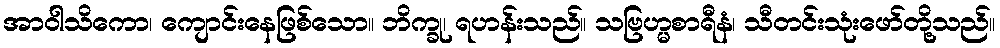
အာဝါသိကော၊ ကျောင်းနေဖြစ်သော။ ဘိက္ခု၊ ရဟန်းသည်။ သဗြဟ္မစာရီနံ၊ သီတင်းသုံးဖော်တို့သည်။